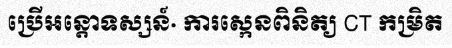
ប្រើអន្តោទស្សន៍· ការស្កេនពិនិត្យ CT កម្រិត